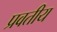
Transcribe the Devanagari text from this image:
प्रवतीय